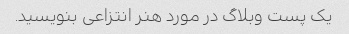
یک پست وبلاگ در مورد هنر انتزاعی بنویسید.